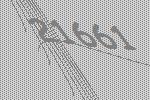
21661